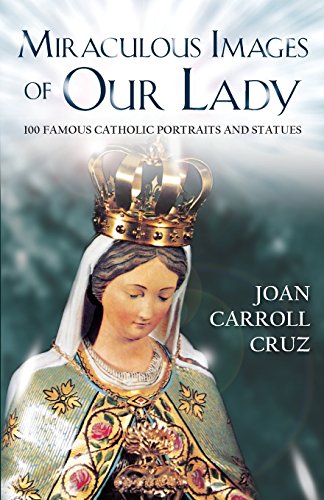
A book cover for Miraculous Images of Our Lady: 100 Famous Catholic Portraits and Statues; Joan Carroll Cruz; Christian Books & Bibles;